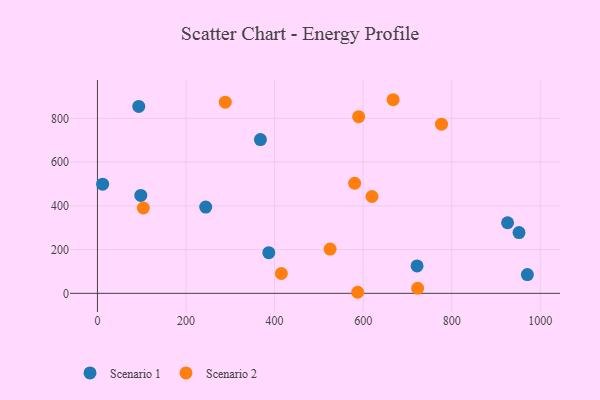
{"axis": {"x": "Price", "y": "Sales"}, "legend": ["Scenario 1", "Scenario 2"], "data": [{"x": "970.9", "y": 85.8, "type": "Scenario 1"}, {"x": "97.9", "y": 447.5, "type": "Scenario 1"}, {"x": "926.2", "y": 322.7, "type": "Scenario 1"}, {"x": "11.7", "y": 498.8, "type": "Scenario 1"}, {"x": "721.8", "y": 125.4, "type": "Scenario 1"}, {"x": "952.0", "y": 277.7, "type": "Scenario 1"}, {"x": "386.9", "y": 185.6, "type": "Scenario 1"}, {"x": "244.5", "y": 394.4, "type": "Scenario 1"}, {"x": "368.0", "y": 702.7, "type": "Scenario 1"}, {"x": "93.3", "y": 854.6, "type": "Scenario 1"}, {"x": "288.7", "y": 874.0, "type": "Scenario 2"}, {"x": "103.6", "y": 390.1, "type": "Scenario 2"}, {"x": "620.0", "y": 442.6, "type": "Scenario 2"}, {"x": "525.4", "y": 202.4, "type": "Scenario 2"}, {"x": "580.8", "y": 503.2, "type": "Scenario 2"}, {"x": "587.7", "y": 4.8, "type": "Scenario 2"}, {"x": "777.0", "y": 773.3, "type": "Scenario 2"}, {"x": "589.9", "y": 807.6, "type": "Scenario 2"}, {"x": "723.0", "y": 23.3, "type": "Scenario 2"}, {"x": "667.7", "y": 885.0, "type": "Scenario 2"}, {"x": "415.3", "y": 90.6, "type": "Scenario 2"}]}